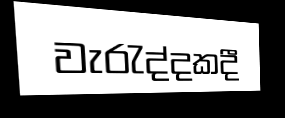
වැරැද්දකදී